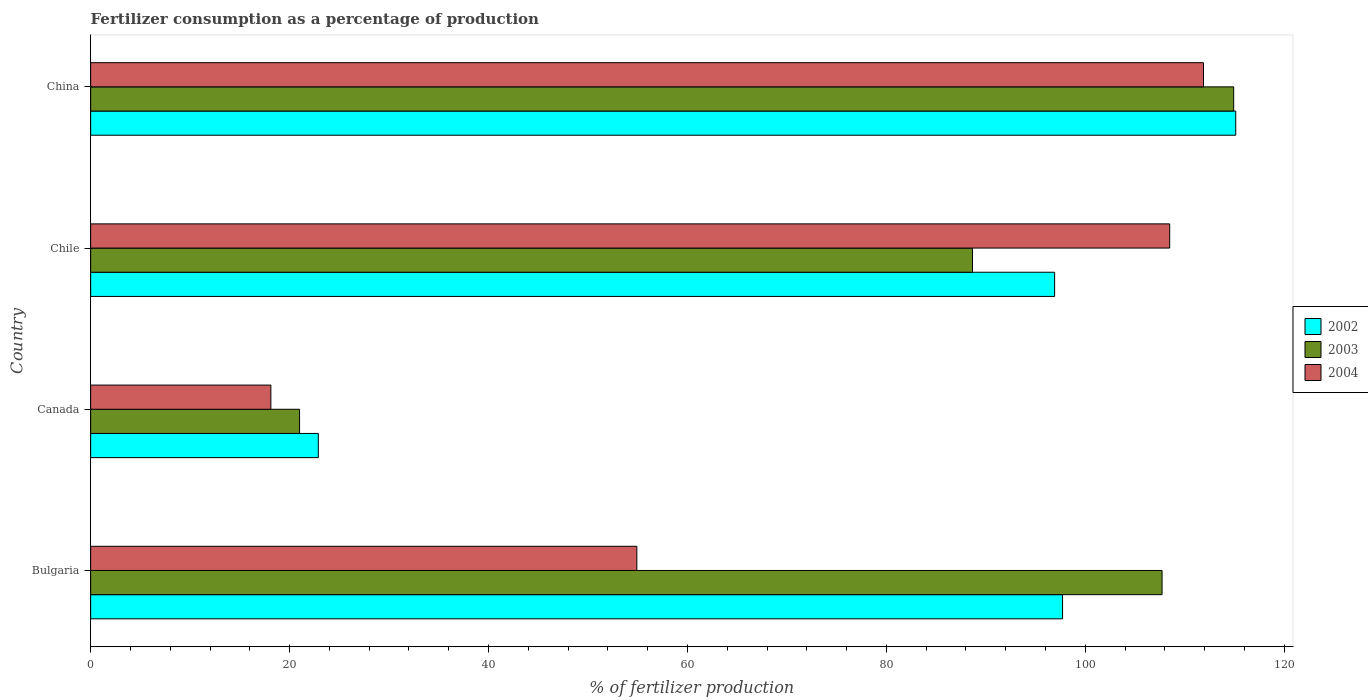
| Country | 2002 | 2003 | 2004 |
 | --- | --- | --- | --- |
 | Bulgaria | 97.7 | 108 | 54.9 |
 | Canada | 22.9 | 21 | 18.1 |
 | Chile | 96.9 | 88.7 | 108 |
 | China | 115 | 115 | 112 |